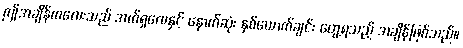
ဤအချိန်ကလေးသည် အက်ရှလေနှင့် နောက်ဆုံး နှစ်ယောက်ချင်း တွေ့ရသည့် အချိန်ဖြစ်သည်။